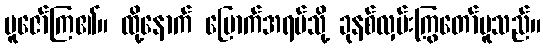
ပူဇော်ကြ၏။ ထို့နောက် မြောက်အရပ်သို့ ခုနစ်လှမ်းကြွတော်မူသည်။